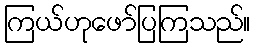
ကြယ်ဟုဖော်ပြကြသည်။